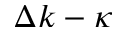
\Delta k - \kappa